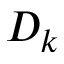
D _ { k }